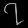
Digit: ၇